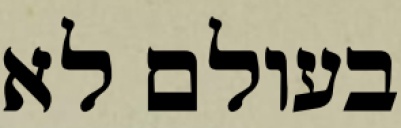
בעולם לא